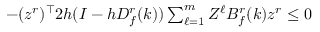
- ( z ^ { r } ) ^ { \top } 2 h ( I - h D _ { f } ^ { r } ( k ) ) \textstyle \sum _ { \ell = 1 } ^ { m } Z ^ { \ell } B _ { f } ^ { r } ( k ) z ^ { r } \leq 0